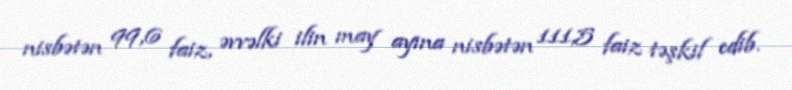
nisbətən 99,6 faiz, əvvəlki ilin may ayına nisbətən 111,5 faiz təşkil edib.